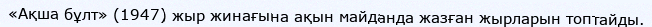
«Ақша бұлт» (1947) жыр жинағына ақын майданда жазған жырларын топтайды.